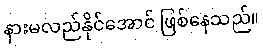
နားမလည်နိုင်အောင် ဖြစ်နေသည်။